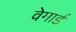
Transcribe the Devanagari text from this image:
वेगार्ड